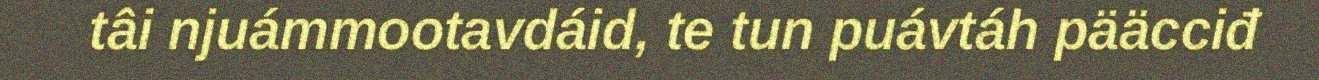
tâi njuámmootavdáid, te tun puávtáh pääcciđ